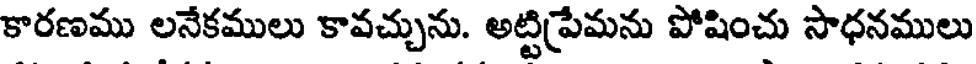
కారణము లనేకములు కావచ్చును. అట్టిప్రేమను పోషించు సాధనములు